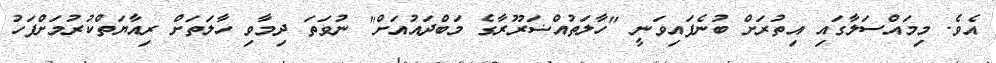
އެވެ. މިމައްސަލާގައި އިތުރަށް ބުނެފައިވަނީ "ހާލަތުއްޟަރޫރާގެ މަބްދައުއަށް" ނުވަތަ ދިމާވި ހާލަތަށް ރިއާޔަތްކުރުމަށްފަހު